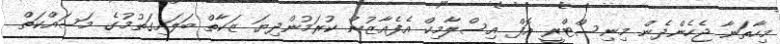
މިހާތަނާ ޖެހެންދެން މިނިސްޓްރީ އޮފް އިސްލާމިކް އެފެއާޒުން ކުރަމުންދިޔަ ޒަކާތް ބަލައިގަތުމުގެ މަސައްކަތް